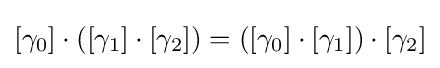
[\gamma _{0}]\cdot \left([\gamma _{1}]\cdot [\gamma _{2}]\right)=\left([\gamma _{0}]\cdot [\gamma _{1}]\right)\cdot [\gamma _{2}]